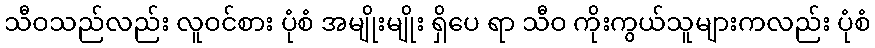
သီဝသည်လည်း လူဝင်စား ပုံစံ အမျိုးမျိုး ရှိပေ ရာ သီဝ ကိုးကွယ်သူများကလည်း ပုံစံ